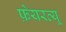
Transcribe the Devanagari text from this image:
फ़ेयरव्यू